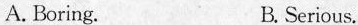
A. Boring. B. Serious.